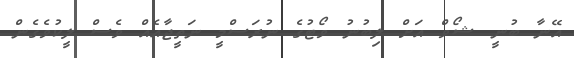
އޭނާ ބުނީ ޝޯވް އަށް ލިބުނު ވޯޓުގެ ނުރަސްމީ ނަތީޖާއެއް ވެސް ލީކުވެގެން